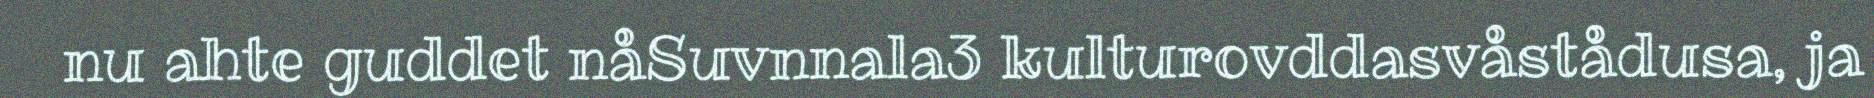
nu ahte guddet nåSuvnnala3 kulturovddasvåstådusa, ja